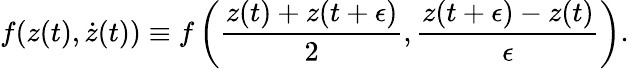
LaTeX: f(z(t),\dot{z}(t))\equiv f\left({\frac{z(t)+z(t+\epsilon)}{2}},{\frac{z(t+\epsilon)-z(t)}{\epsilon}}\right).